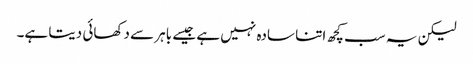
لیکن یہ سب کچھ اتنا سادہ نہیں ہے جیسے باہر سے دکھائی دیتا ہے۔